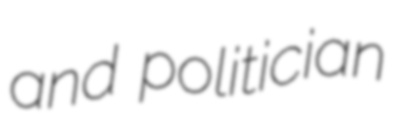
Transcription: and politician